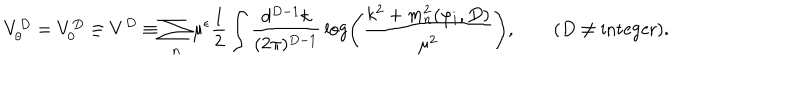
V _ { \theta } ^ { D } = V _ { 0 } ^ { D } \equiv V ^ { D } \equiv \sum _ { n } \mu ^ { \epsilon } { \frac { 1 } { 2 } } \int { \frac { d ^ { D - 1 } k } { ( 2 \pi ) ^ { D - 1 } } } \log \left( { \frac { k ^ { 2 } + m _ { n } ^ { 2 } ( \varphi _ { i } , D ) } { \mu ^ { 2 } } } \right) , \quad \quad ( D \neq \mathrm { i n t e g e r } ) .